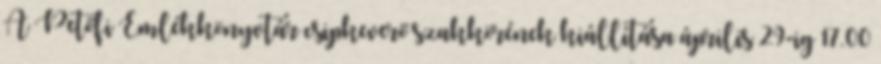
A Petőfi Emlékkönyvtár csipkeverő szakkörének kiállítása április 29-ig 17.00